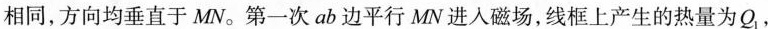
相同，方向均垂直于MN。第一次ab边平行MN进入磁场，线框上产生的热量为Q{ 1 } ，